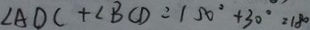
\angle A D C + \angle B C D = 1 5 0 ^ { \circ } + 3 0 ^ { \circ } = 1 8 0